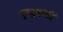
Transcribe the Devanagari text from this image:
उपद्रवाची